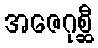
အဇေဂုစ္ဆီ